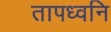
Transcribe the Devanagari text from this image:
तापध्वनि